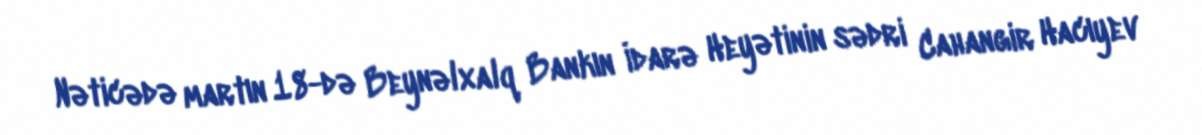
Nəticədə martın 18-də Beynəlxalq Bankın İdarə Heyətinin sədri Cahangir Hacıyev